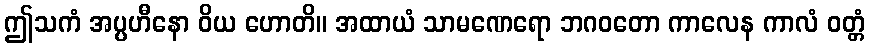
ဤသကံ အပ္ပဟီနော ဝိယ ဟောတိ။ အထာယံ သာမဏေရော ဘဂဝတော ကာလေန ကာလံ ဝတ္တံ